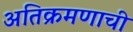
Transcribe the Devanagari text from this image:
अतिक्रमणाची